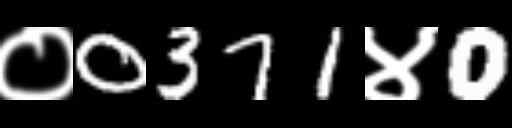
Text: ०0371४0